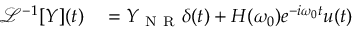
\begin{array} { r } { \begin{array} { r l } { \mathcal { L } ^ { - 1 } [ Y ] ( t ) } & { { } = Y _ { \mathrm { ~ N ~ R ~ } } \delta ( t ) + H ( \omega _ { 0 } ) e ^ { - i \omega _ { 0 } t } u ( t ) } \end{array} } \end{array}